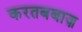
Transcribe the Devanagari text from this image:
करतबबाज़